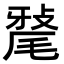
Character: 𭯠